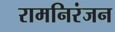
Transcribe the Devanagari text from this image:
रामनिरंजन